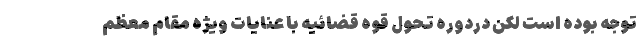
توجه بوده است لکن دردوره تحول قوه قضائیه با عنایات ویژه مقام معظم